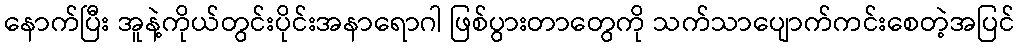
နောက်ပြီး အူနဲ့ကိုယ်တွင်းပိုင်းအနာရောဂါ ဖြစ်ပွားတာတွေကို သက်သာပျောက်ကင်းစေတဲ့အပြင်